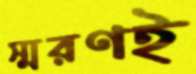
স্মরণই